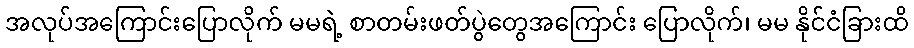
အလုပ်အကြောင်းပြောလိုက် မမရဲ့ စာတမ်းဖတ်ပွဲတွေအကြောင်း ပြောလိုက်၊ မမ နိုင်ငံခြားထိ